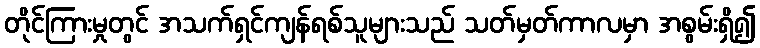
တိုင်ကြားမှုတွင် အသက်ရှင်ကျန်ရစ်သူများသည် သတ်မှတ်ကာလမှာ အစွမ်းရှိ၍